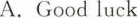
A.Good luck